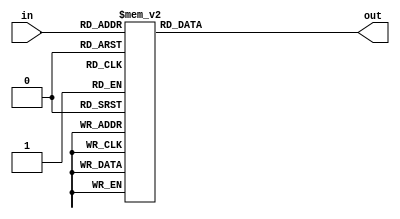
`timescale 1ns/100ps
module SMS_40_LUT(
	 input [5:0] in,
	 output reg [5:0] out
	);
	 always @(in)
	 case(in)
		 6'd0:out = 6'd0;
		 6'd1:out = 6'd45;
		 6'd2:out = 6'd31;
		 6'd3:out = 6'd52;
		 6'd4:out = 6'd10;
		 6'd5:out = 6'd54;
		 6'd6:out = 6'd36;
		 6'd7:out = 6'd30;
		 6'd8:out = 6'd58;
		 6'd9:out = 6'd51;
		 6'd10:out = 6'd1;
		 6'd11:out = 6'd14;
		 6'd12:out = 6'd29;
		 6'd13:out = 6'd5;
		 6'd14:out = 6'd23;
		 6'd15:out = 6'd9;
		 6'd16:out = 6'd55;
		 6'd17:out = 6'd11;
		 6'd18:out = 6'd61;
		 6'd19:out = 6'd7;
		 6'd20:out = 6'd32;
		 6'd21:out = 6'd13;
		 6'd22:out = 6'd27;
		 6'd23:out = 6'd48;
		 6'd24:out = 6'd2;
		 6'd25:out = 6'd26;
		 6'd26:out = 6'd44;
		 6'd27:out = 6'd50;
		 6'd28:out = 6'd56;
		 6'd29:out = 6'd49;
		 6'd30:out = 6'd39;
		 6'd31:out = 6'd40;
		 6'd32:out = 6'd60;
		 6'd33:out = 6'd57;
		 6'd34:out = 6'd34;
		 6'd35:out = 6'd33;
		 6'd36:out = 6'd6;
		 6'd37:out = 6'd18;
		 6'd38:out = 6'd41;
		 6'd39:out = 6'd59;
		 6'd40:out = 6'd4;
		 6'd41:out = 6'd37;
		 6'd42:out = 6'd62;
		 6'd43:out = 6'd25;
		 6'd44:out = 6'd19;
		 6'd45:out = 6'd35;
		 6'd46:out = 6'd24;
		 6'd47:out = 6'd46;
		 6'd48:out = 6'd8;
		 6'd49:out = 6'd28;
		 6'd50:out = 6'd3;
		 6'd51:out = 6'd17;
		 6'd52:out = 6'd47;
		 6'd53:out = 6'd42;
		 6'd54:out = 6'd21;
		 6'd55:out = 6'd22;
		 6'd56:out = 6'd63;
		 6'd57:out = 6'd15;
		 6'd58:out = 6'd16;
		 6'd59:out = 6'd38;
		 6'd60:out = 6'd53;
		 6'd61:out = 6'd20;
		 6'd62:out = 6'd43;
		 6'd63:out = 6'd12;
	 endcase
endmodule